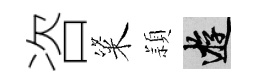
咨粢頴游